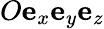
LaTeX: O\mathbf{e}_{x}\mathbf{e}_{y}\mathbf{e}_{z}